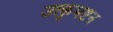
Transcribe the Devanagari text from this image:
उत्कृमष्टन